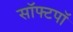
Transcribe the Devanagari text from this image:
सॉफ्टपॉ